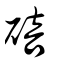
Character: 碚